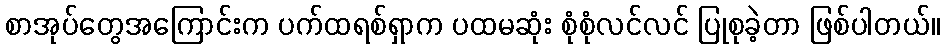
စာအုပ်တွေအကြောင်းက ပက်ထရစ်ရှာက ပထမဆုံး စုံစုံလင်လင် ပြုစုခဲ့တာ ဖြစ်ပါတယ်။